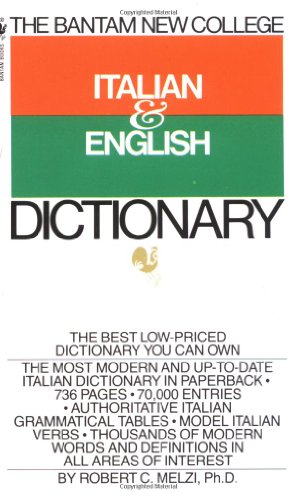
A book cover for Bantam New College Italian/English Dictionary (Bantam New College Dictionary Series); Robert C. Melzi; Reference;